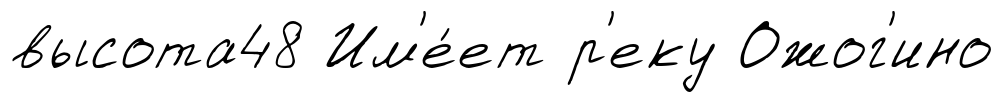
высота48 Им'е́ет р'еку Ожог'ино